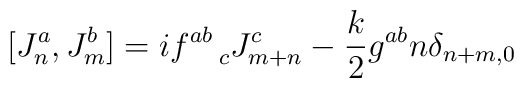
[J^a_n, J^b_m] = i f^{ab}_{~~~c} J^c_{m+n} - {\frac{k}{2}}g^{ab}n\delta_{n+m,0}